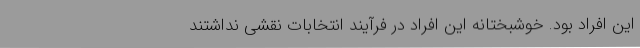
این افراد بود. خوشبختانه این افراد در فرآیند انتخابات نقشی نداشتند